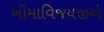
ખીમાવિજયજીએ